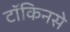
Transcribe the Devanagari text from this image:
टॉकिनसे